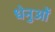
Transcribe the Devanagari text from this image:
धेनुओं